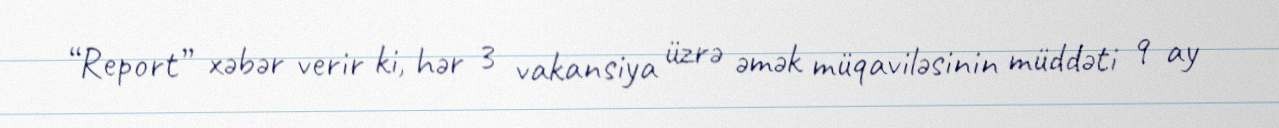
“Report” xəbər verir ki, hər 3 vakansiya üzrə əmək müqaviləsinin müddəti 9 ay